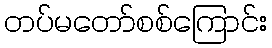
တပ်မတော်စစ်ကြောင်း